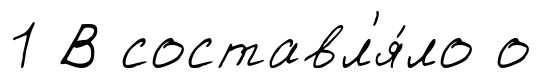
1 В составл'я́ло о